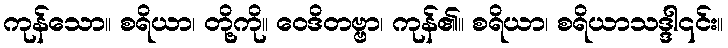
ကုန်သော။ စရိယာ၊ တို့ကို။ ဝေဒိတဗ္ဗာ၊ ကုန်၏။ စရိယာ၊ စရိယာသဒ္ဒါ၎င်း။